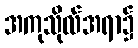
အကုသိုလ်အရာ၌